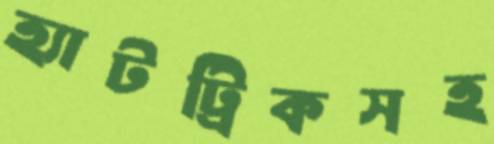
হ্যাটট্রিকসহ